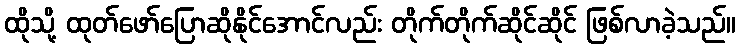
ထိုသို့ ထုတ်ဖော်ပြောဆိုနိုင်အောင်လည်း တိုက်တိုက်ဆိုင်ဆိုင် ဖြစ်လာခဲ့သည်။